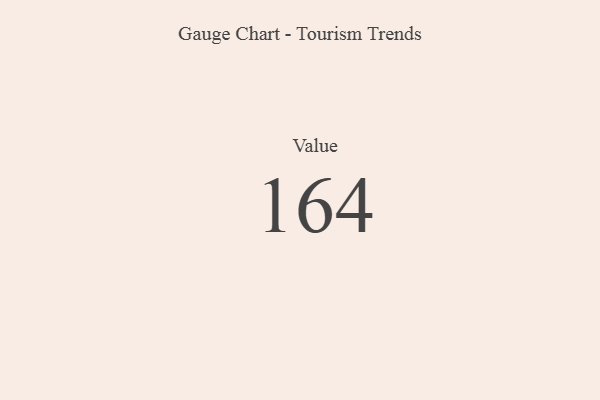
{"axis": {"x": "Metric", "y": "Value"}, "legend": [""], "data": [{"x": "Value", "y": 164, "type": ""}]}